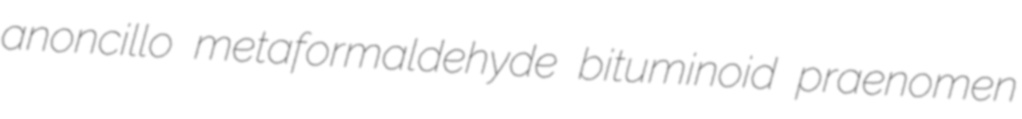
anoncillo metaformaldehyde bituminoid praenomen